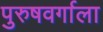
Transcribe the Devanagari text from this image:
पुरुषवर्गाला